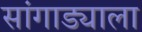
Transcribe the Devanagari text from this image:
सांगाड्याला